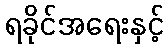
ရခိုင်အရေးနှင့်